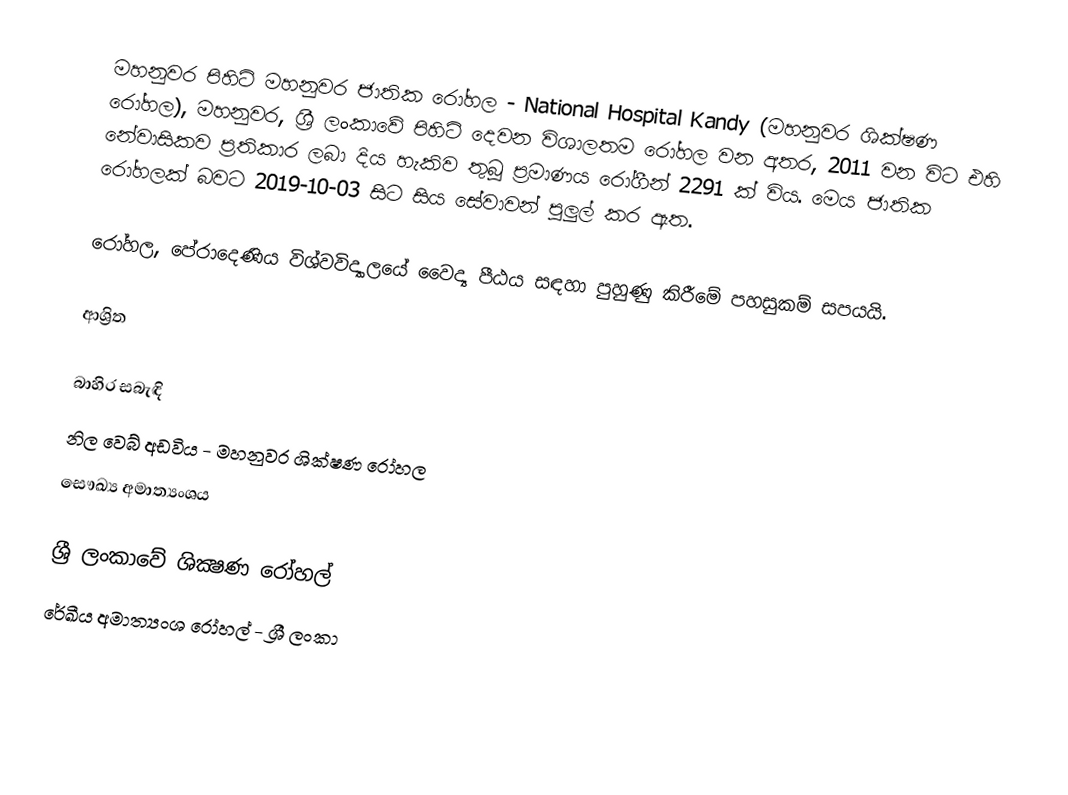
මහනුවර පිහිටි මහනුවර ජාතික රෝහල - National Hospital Kandy (මහනුවර ශික්ෂණ රෝහල), මහනුවර, ශ්‍රී ලංකාවේ පිහිටි දෙවන විශාලතම රෝහල වන අතර, 2011 වන විට එහි නේවාසිකව  ප්‍රතිකාර ලබා දිය හැකිව තුබූ ප්‍රමාණය රෝගීන් 2291 ක් විය. මෙය ජාතික රෝහලක් බවට 2019-10-03 සිට සිය සේවාවන් පුලුල් කර ඇත.

රෝහල, පේරාදෙණිය විශ්වවිද්‍යාලයේ වෛද්‍ය පීඨය සඳහා පුහුණු කිරීමේ පහසුකම් සපයයි.

ආශ්‍රිත

බාහිර සබැඳි
 නිල වෙබ් අඩවිය - මහනුවර ශික්ෂණ රෝහල
 සෞඛ්‍ය අමාත්‍යංශය

ශ්‍රී ලංකාවේ ශික්‍ෂණ රෝහල්
රේඛීය අමාත්‍යංශ රෝහල් - ශ්‍රී ලංකා